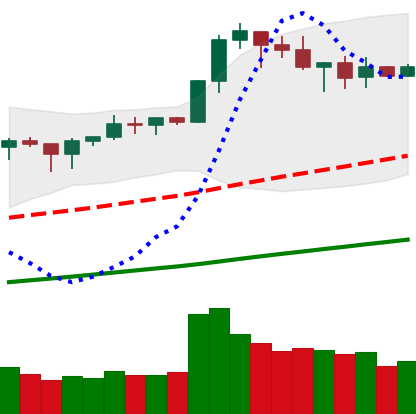
Ticker: BNB-USD
Chart end date: 2019-04-28
Forward return: 3.713%
Label: up_3_5